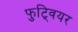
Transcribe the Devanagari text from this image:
फुट्वियर